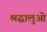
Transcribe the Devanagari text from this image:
श्रद्घालुओं